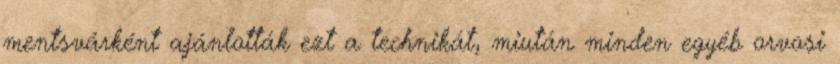
mentsvárként ajánlották ezt a technikát, miután minden egyéb orvosi